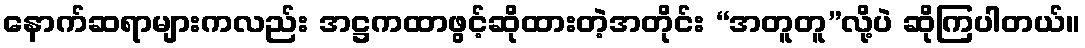
နောက်ဆရာများကလည်း အဋ္ဌကထာဖွင့်ဆိုထားတဲ့အတိုင်း “အတူတူ”လို့ပဲ ဆိုကြပါတယ်။